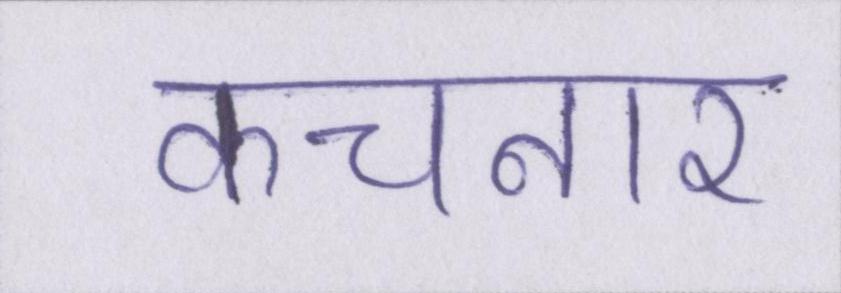
कचनार